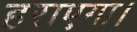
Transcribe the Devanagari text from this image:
हराएगा।